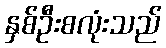
နှစ်ဦးစလုံးသည်